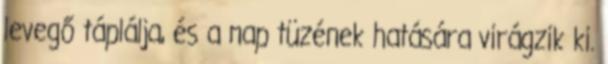
levegő táplálja, és a nap tüzének hatására virágzik ki.